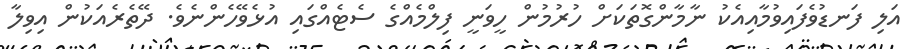
އަލި ފަނޑުވެފައިވުމާއިއެކު ނާމާންގޮތަކަށް ހުރުމުން ހީވަނީ ފިލްމެއްގެ ސެޓެއްގައި އުޅެވޭހެންނެވެ. ދޭތެރެއަކުން އިވިލާ